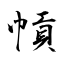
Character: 幊